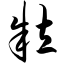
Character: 粒